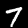
Digit: 7